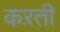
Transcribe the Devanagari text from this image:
कऱती